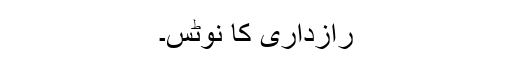
رازداری کا نوٹس۔